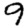
Digit: 9